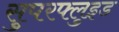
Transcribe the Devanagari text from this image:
सुपरफ्लुइड